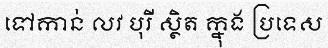
ទៅកាន់ លវ បុរី ស្ថិត ក្នុង ប្រទេស